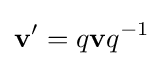
\mathbf {v} '=q\mathbf {v} q^{-1}